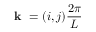
\textbf { k } = ( i , j ) \frac { 2 \pi } { L }